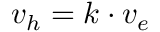
v _ { h } = k \cdot v _ { e }